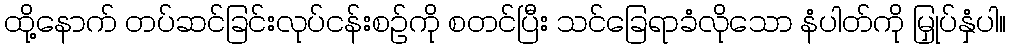
ထို့နောက် တပ်ဆင်ခြင်းလုပ်ငန်းစဉ်ကို စတင်ပြီး သင်ခြေရာခံလိုသော နံပါတ်ကို မြှုပ်နှံပါ။